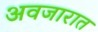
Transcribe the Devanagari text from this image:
अवजारात